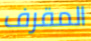
المقرف